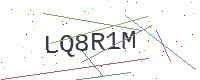
Text: LQ8R1M